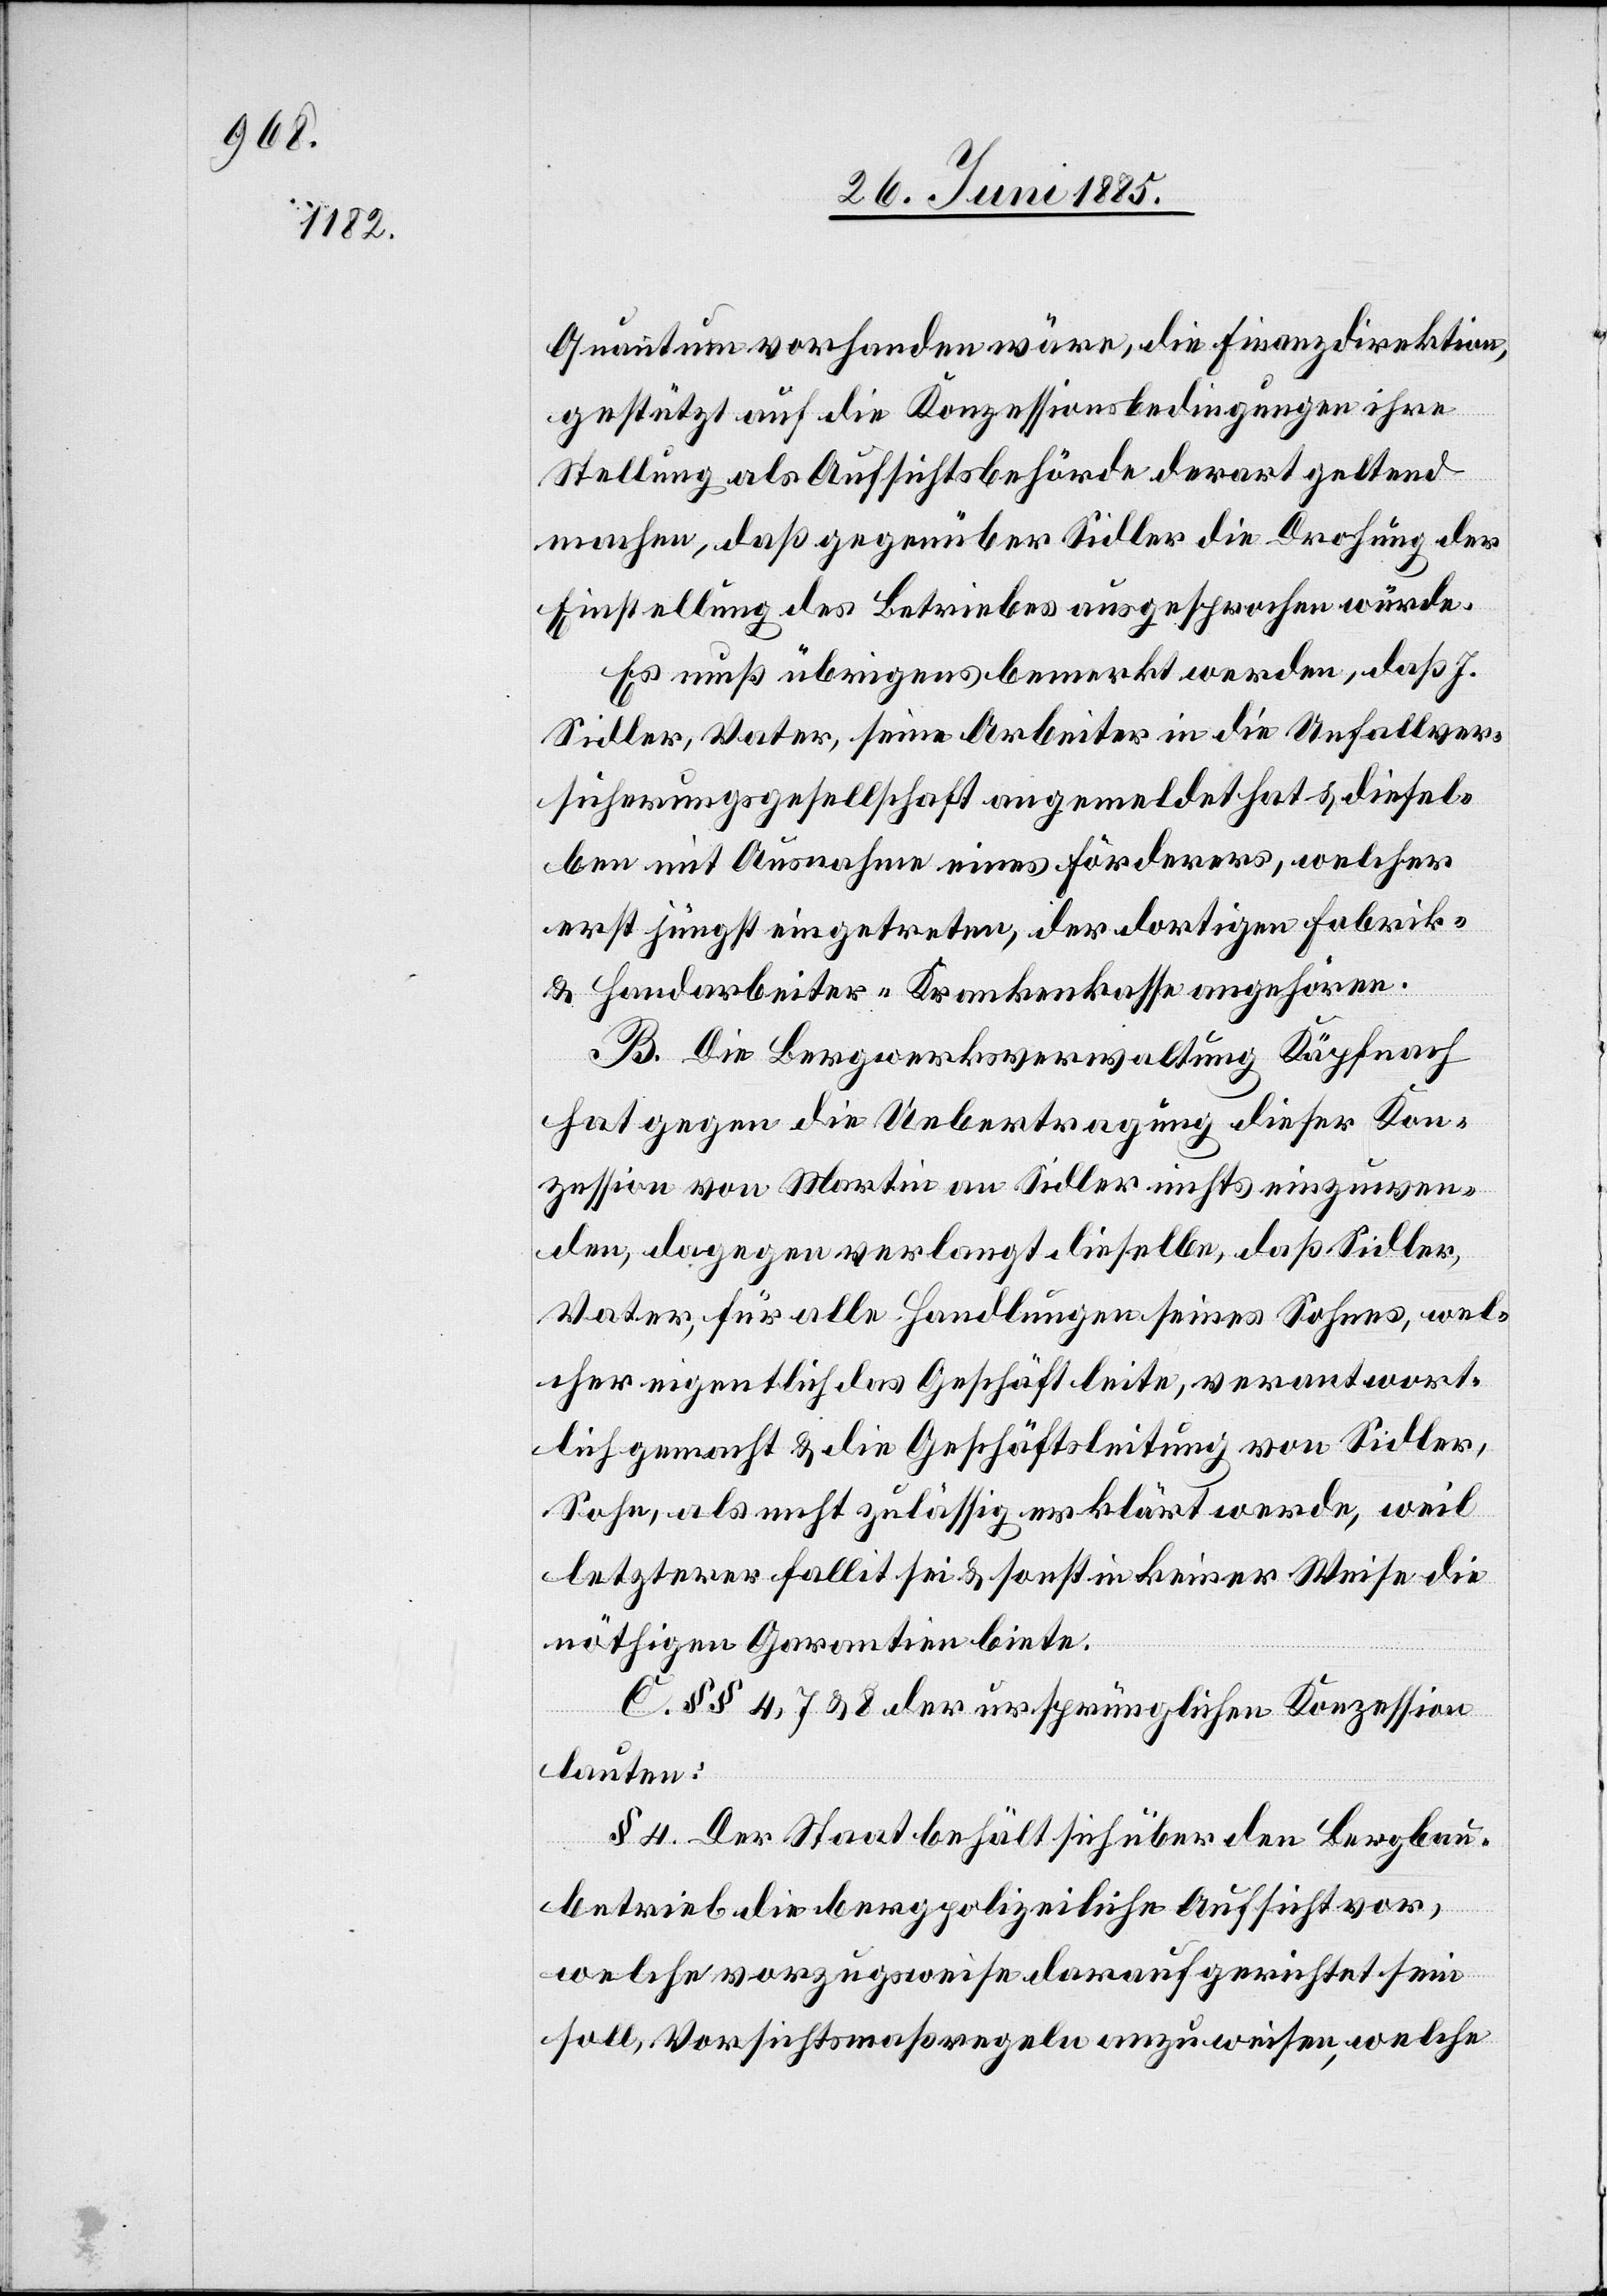
Quantum vorhanden wäre, die Finanzdirektion,
gestützt auf die Konzessionsbedingungen ihre
Stellung als Aufsichtsbehörde derart geltend
machen, daß gegenüber Sidler die Drohung der
Einstellung des Betriebes ausgesprochen würde.
Es muß übrigens bemerkt werden, daß J.
Sidler, Vater, seine Arbeiter in die Unfallver¬
sicherungsgesellschaft angemeldet hat & diesel¬
ben mit Ausnahme eines Förderers, welcher
erst jüngst eingetreten, der dortigen Fabrik-
& Handarbeiter-Krankenkasse angehören.
B. Die Bergwerksverwaltung Käpfnach
hat gegen die Uebertragung dieser Kon¬
zession von Martin an Sidler nichts einzuwen¬
den, dagegen verlangt dieselbe, daß Sidler,
Vater, für alle Handlungen seines Sohnes, wel¬
cher eigentlich das Geschäft leite, verantwort¬
lich gemacht & die Geschäftsleitung von Sidler,
Sohn, als recht zulässig erklärt werde, weil
letzterer Fallit sei & sonst in keiner Weise die
nöthigen Garantien biete.
C. §§ 4, 7 & 8 der ursprünglichen Konzession
lauten:
§ 4. Der Staat behält sich über den Bergbau¬
betrieb die bergpolizeiliche Aufsicht vor,
welche vorzugsweise darauf gerichtet sein
soll, Vorsichtsmaßregeln anzuweisen, welche